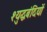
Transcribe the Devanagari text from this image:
श्युद्धबंदियों